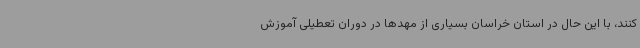
کنند، با این حال در استان خراسان بسیاری از مهدها در دوران تعطیلی آموزش